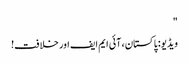
"
ویڈیو: پاکستان، آئی ایم ایف اور خلافت!